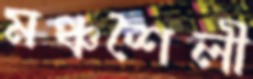
মঞ্চশৈলী